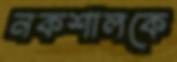
নকশালকে